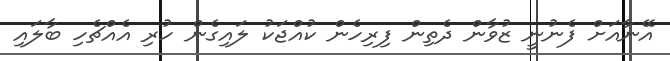
އޭނާއަށް ފެނުނީ ޒުވާން ދެތިން ފިރިހެން ކުއްޖަކު ލައިގެން ހުރި އެއްޗެހި ބާލައި